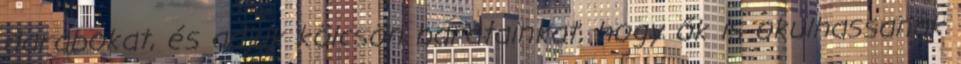
darabokat, és adjuk kölcsön barátainkat, hogy ők is okulhassanak